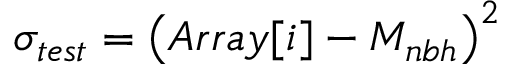
\sigma _ { t e s t } = \left( A r r a y [ i ] - M _ { n b h } \right) ^ { 2 }